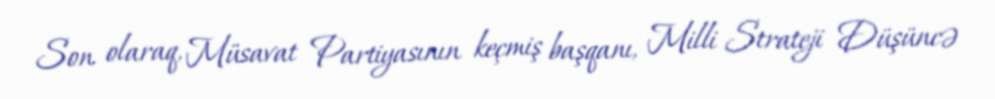
Son olaraq, Müsavat Partiyasının keçmiş başqanı, Milli Strateji Düşüncə